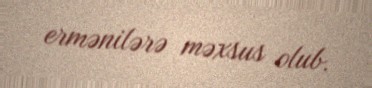
ermənilərə məxsus olub.